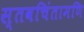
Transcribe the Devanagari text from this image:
स्तवचिंतामणि